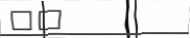
٨٠